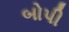
બોપી